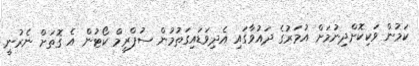
ކަމުން ވަކިކޮށްދިނުމަށް އުމަރުގެ ދައުވާގައި އެދިވަޑައިގަތުމުން ސުޕްރީމް ކޯޓުން އެ ގޮތަށް ނެރުނީ